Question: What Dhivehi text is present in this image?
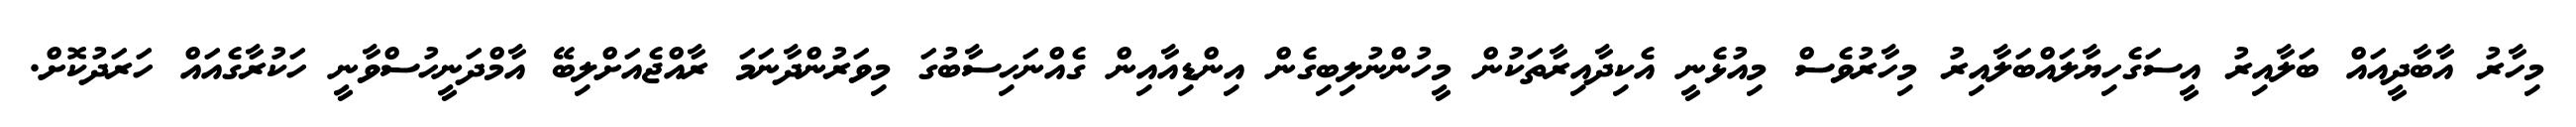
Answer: މިހާރު އާބާދީއައް ބަލާއިރު އީސަގެހިޔާލައްބަލާއިރު މިހާރުވެސް މިއުޅެނީ އެކިދާއިރާތަކުން މީހުންނުލިބިގެން އިންޑިއާއިން ގެއްނަހިސާބުގަ މިވަރުންދާނަމަ ރާއްޖެއަށްލިބޭ އާމްދަނީހުސްވާނީ ހަކުރާގެއައް ހަރަދުކޮށް.